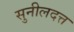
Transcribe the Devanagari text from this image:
सुनीलदत्त